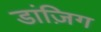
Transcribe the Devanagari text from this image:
डांज़िग